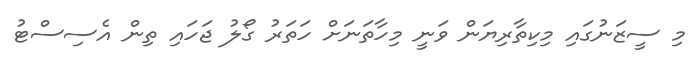
މި ސީޒަނުގައި މިކިތާރިޔަން ވަނީ މިހާތަނަށް ހަތަރު ގޯލު ޖަހައި ތިން އެސިސްޓު